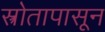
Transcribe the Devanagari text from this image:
स्त्रोतापासून